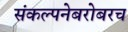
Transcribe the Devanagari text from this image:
संकल्पनेबरोबरच